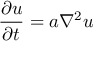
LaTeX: { \frac { \partial u } { \partial t } } = a \nabla ^ { 2 } u